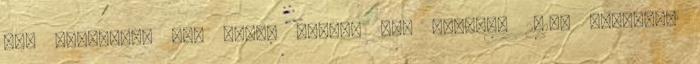
OEP "pénzeli" Dr. Gresz Miklós OEP Szeged, 2010. november